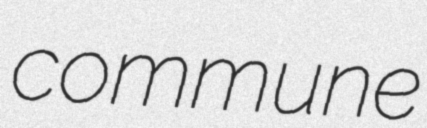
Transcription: commune